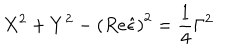
LaTeX: X ^ { 2 } + Y ^ { 2 } - \left( R e \hat { \epsilon } \right) ^ { 2 } = \frac 1 4 \Gamma ^ { 2 }